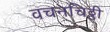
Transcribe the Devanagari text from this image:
वचनचिठ्ठी